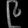
Digit: ၉